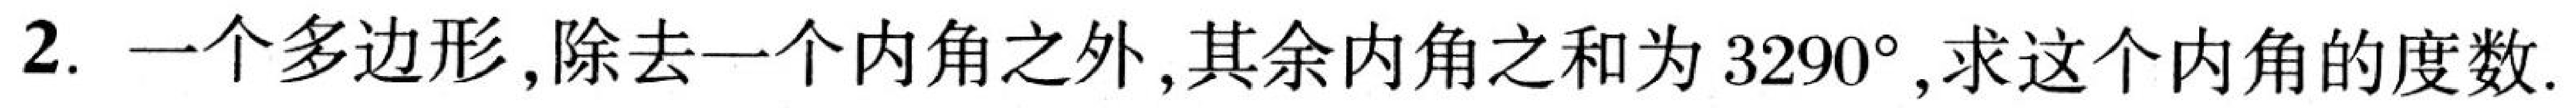
2. 一个多边形，除去一个内角之外，其余内角之和为 \(3290^{\circ}\),求这个内角的度数.